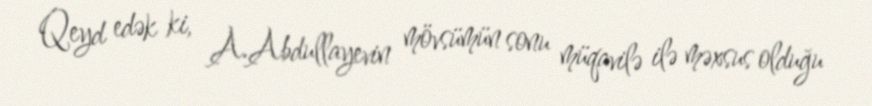
Qeyd edək ki, A.Abdullayevin mövsümün sonu müqavilə ilə məxsus olduğu